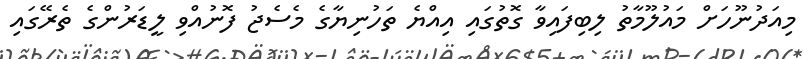
މިއަދުނޫހަށް މައުލޫމާތު ލިބިފައިވާ ގޮތުގައި އިއްޔެ ތަހުނިޔާގެ މެސެޖު ފޮނުއްވި ލީޑަރުންގެ ތެރޭގައި